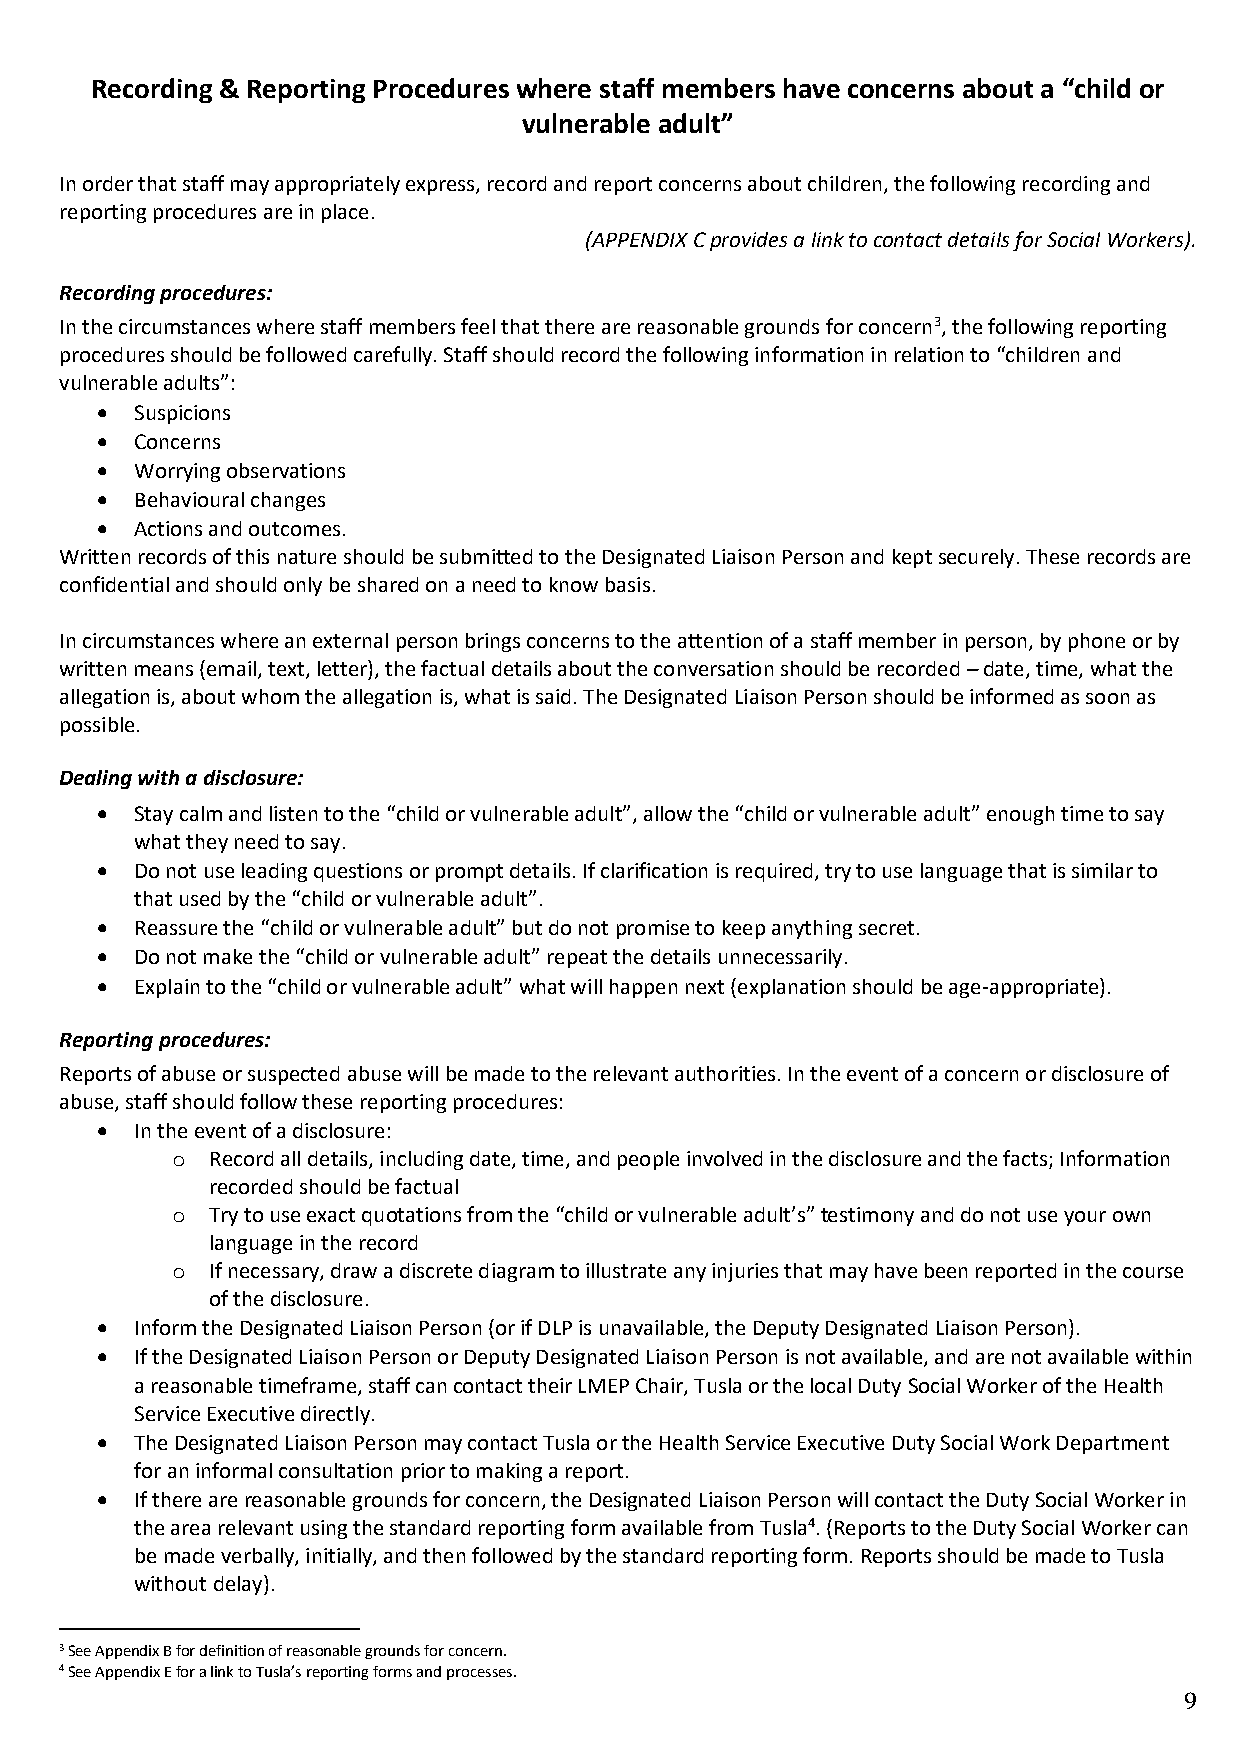
Recording & Reporting Procedures where staff members have concerns about a “child or
 vulnerable adult”
 In order that staff may appropriately express, record and report concerns about children, the following recording and
 reporting procedures are in place.
 (APPENDIX C provides a link to contact details for Social Workers).
 Recording procedures:
 In the circumstances where staff members feel that there are reasonable grounds for concern3, the following reporting
 procedures should be followed carefully. Staff should record the following information in relation to “children and
 vulnerable adults”:
 •  Suspicions
 •  Concerns
 •  Worrying observations
 •  Behavioural changes
 •  Actions and outcomes.
 Written records of this nature should be submitted to the Designated Liaison Person and kept securely. These records are
 confidential and should only be shared on a need to know basis.
 In circumstances where an external person brings concerns to the attention of a staff member in person, by phone or by
 written means (email, text, letter), the factual details about the conversation should be recorded – date, time, what the
 allegation is, about whom the allegation is, what is said. The Designated Liaison Person should be informed as soon as
 possible.
 Dealing with a disclosure:
 •  Stay calm and listen to the “child or vulnerable adult”, allow the “child or vulnerable adult” enough time to say
 what they need to say.
 •  Do not use leading questions or prompt details. If clarification is required, try to use language that is similar to
 that used by the “child or vulnerable adult”.
 •  Reassure the “child or vulnerable adult” but do not promise to keep anything secret.
 •  Do not make the “child or vulnerable adult” repeat the details unnecessarily.
 •  Explain to the “child or vulnerable adult” what will happen next (explanation should be age-appropriate).
 Reporting procedures:
 Reports of abuse or suspected abuse will be made to the relevant authorities. In the event of a concern or disclosure of
 abuse, staff should follow these reporting procedures:
 •  In the event of a disclosure:
 o  Record all details, including date, time, and people involved in the disclosure and the facts; Information
 recorded should be factual
 o  Try to use exact quotations from the “child or vulnerable adult’s” testimony and do not use your own
 language in the record
 o  If necessary, draw a discrete diagram to illustrate any injuries that may have been reported in the course
 of the disclosure.
 •  Inform the Designated Liaison Person (or if DLP is unavailable, the Deputy Designated Liaison Person).
 •  If the Designated Liaison Person or Deputy Designated Liaison Person is not available, and are not available within
 a reasonable timeframe, staff can contact their LMEP Chair, Tusla or the local Duty Social Worker of the Health
 Service Executive directly.
 •  The Designated Liaison Person may contact Tusla or the Health Service Executive Duty Social Work Department
 for an informal consultation prior to making a report.
 •  If there are reasonable grounds for concern, the Designated Liaison Person will contact the Duty Social Worker in
 the area relevant using the standard reporting form available from Tusla4. (Reports to the Duty Social Worker can
 be made verbally, initially, and then followed by the standard reporting form. Reports should be made to Tusla
 without delay).
 3 See Appendix B for definition of reasonable grounds for concern.
 4 See Appendix E for a link to Tusla’s reporting forms and processes.
 9